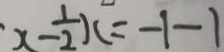
x - \frac { 1 } { 2 } x = - 1 - 1